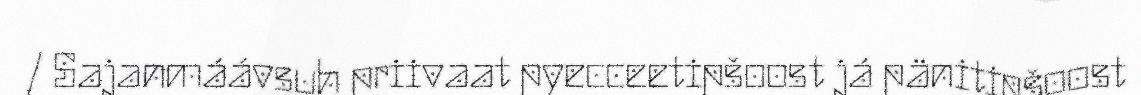
/ Sajanmáávsuh priivaat pyecceetipšoost já pänitipšoost